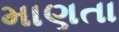
માણતા